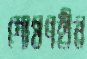
শোষণহীন